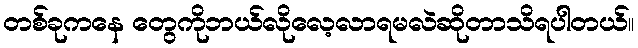
တစ်ခုကနေ တွေကိုဘယ်လိုလေ့လာရမလဲဆိုတာသိရပါတယ်။